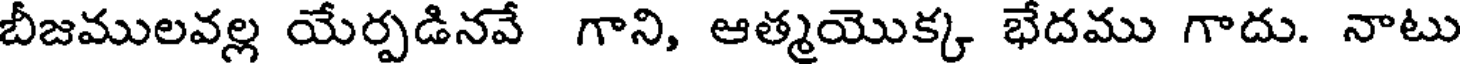
బీజములవల్ల యేర్పడినవే గాని, ఆత్మయొక్క భేదము గాదు. నాటు